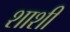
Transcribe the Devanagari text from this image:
शाशी